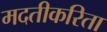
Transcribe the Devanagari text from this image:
मदतीकरिता